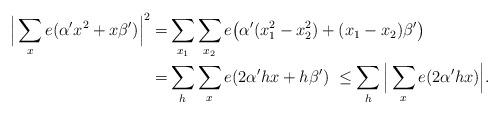
LaTeX: \begin{align*}\Big|\sum_{x}e(\alpha' x^2+x\beta')\Big|^2=&\sum_{x_1}\sum_{x_2}e\big(\alpha' (x_1^2-x_2^2)+(x_1-x_2)\beta'\big)\\= & \sum_{h}\sum_{x}e(2\alpha'hx+h\beta')\ \le\sum_{h}\Big|\sum_{x}e(2\alpha'hx)\Big|.\end{align*}